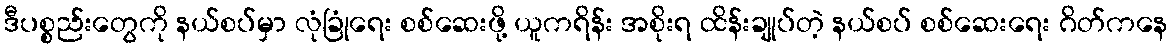
ဒီပစ္စည်းတွေကို နယ်စပ်မှာ လုံခြုံရေး စစ်ဆေးဖို့ ယူကရိန်း အစိုးရ ထိန်းချုပ်တဲ့ နယ်စပ် စစ်ဆေးရေး ဂိတ်ကနေ